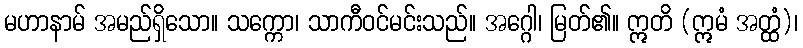
မဟာနာမ် အမည်ရှိသော။ သက္ကော၊ သာကီဝင်မင်းသည်။ အဂ္ဂေါ၊ မြတ်၏။ ဣတိ (ဣမံ အတ္ထံ)၊